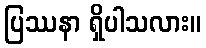
ပြဿနာ ရှိပါသလား။